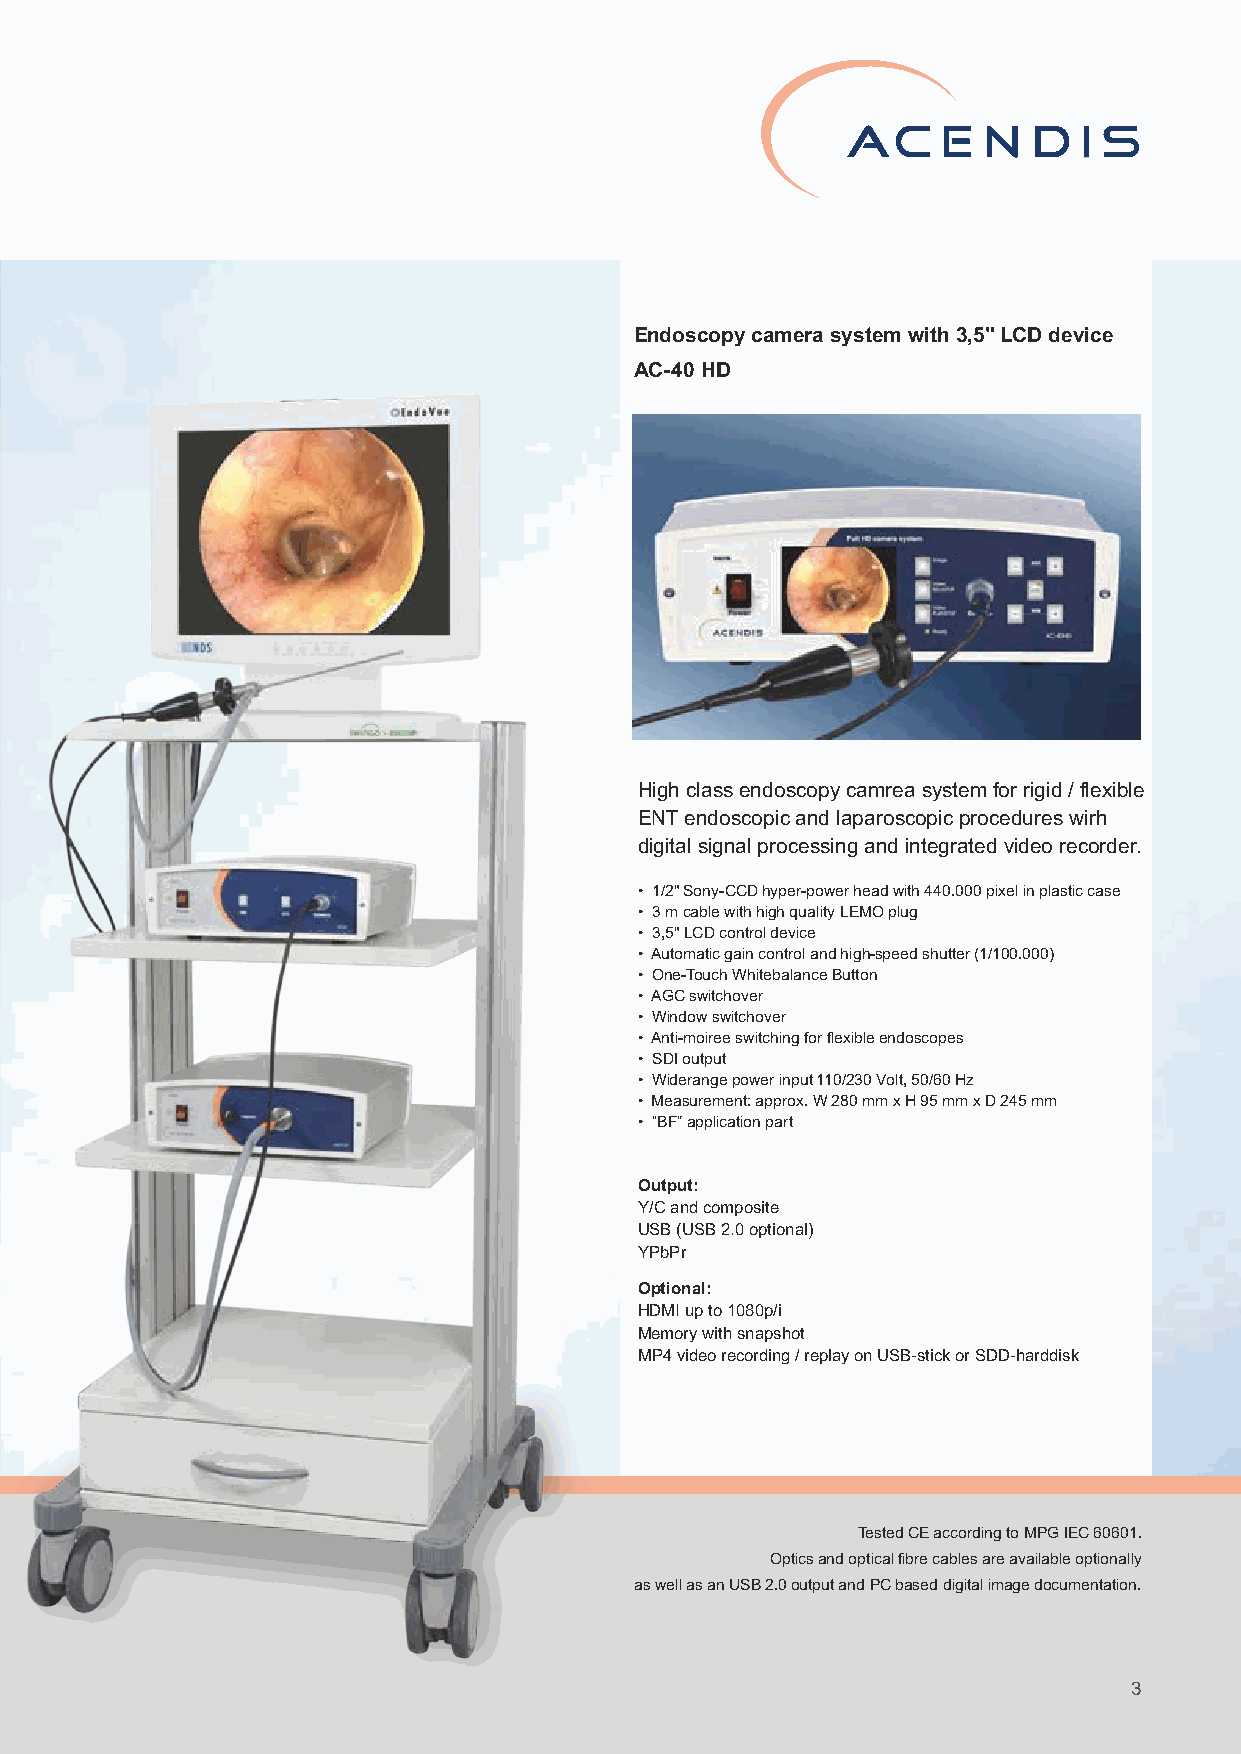
ENT Camera Systems
 Endoscopy camera system                   Endoscopy camera system with 3,5" LCD device
 AC-10
 AC-40 HD
 Low-cost entry level model for rigid ENT endoscopy
 with digital signal processing.
 • 1/2" Sony-CCD hyperpower head with 440.000 pixel in plastic case
 • 3 m cable with high quality LEMO plug
 • Automatic gain control and high-speed shutter (1/100.000)
 • One-Touch Whitebalance Button
 • Y / C and composite (USB 2.0 optional)
 • Widerange power input 110/230 Volt, 50/60 Hz
 • Measurements: approx. W 280 mm x H 95 mm x D 245 mm
 • “BF” application part
 Endoscopy camera system
 AC-20
 Standard endoscopy camera for rigid ENT
 endoscopy and laparoscopic procedures with digital High class endoscopy camrea system for rigid / flexible
 signal processing.                        ENT endoscopic and laparoscopic procedures wirh
 digital signal processing and integrated video recorder.
 • 1/2" Sony-CCD hyperpower head with 440.000 pixel in plastic case
 • 3 m cable with high quality LEMO plug   • 1/2" Sony-CCD hyper-power head with 440.000 pixel in plastic case
 • Automatic gain control and high-speed shutter (1/100.000) • 3 m cable with high quality LEMO plug
 • One-Touch Whitebalance Button           • 3,5" LCD control device
 • AGC switchover                          • Automatic gain control and high-speed shutter (1/100.000)
 • Y / C and composite (USB 2.0 optional)  • One-Touch Whitebalance Button
 • Widerange power output 110/230 Volt, 50/60 Hz • AGC switchover
 • Measurements: approx. W 280 mm x H 95 mm x D 245 mm • Window switchover
 • “BF” application part                   • Anti-moiree switching for flexible endoscopes
 • SDI output
 • Widerange power input 110/230 Volt, 50/60 Hz
 • Measurement: approx. W 280 mm x H 95 mm x D 245 mm
 Endoscopy camera system • One-Touch Whitebalance Button • “BF” application part
 AC-30 • AGC switchover
 • Window switchover
 Middle-class endoscopy camera for rigid and flexible • Anti-Moiré switching for flexible endoscopes Output:
 ENT endoscopy with digital signal processing • Y / C and composite (USB 2.0 optional) Y/C and composite
 • Widerange power input 110/230 Volt, 50/60 Hz USB (USB 2.0 optional)
 • 1/2" Sony-CCD hyperpower head with 440.000 pixel in plastic case • Measurements: approx. W 280 mm x H 95 mm x D 245 mm YPbPr
 • 3 m cable with high quality LEMO plug • “BF” application part
 • Automatic gain control and high-speed shutter (1/100.000) Optional:
 HDMI up to 1080p/i
 Memory with snapshot
 MP4 video recording / replay on USB-stick or SDD-harddisk
 Tested CE according to MPG IEC 60601.
 Optics and optical fibre cables are available optionally
 as well as an USB 2.0 output and PC based digital image documentation.
 2                                                                          3